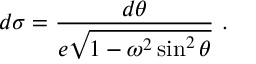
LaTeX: d \sigma = { \frac { d \theta } { e \sqrt { 1 - \omega ^ { 2 } \sin ^ { 2 } \theta } } } \ .